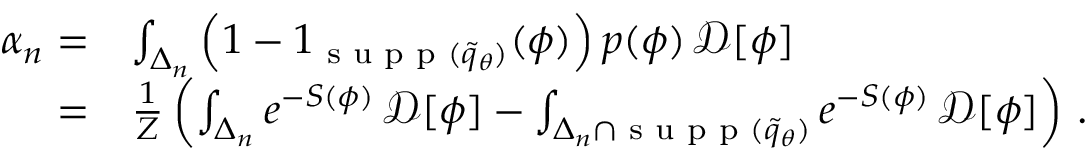
\begin{array} { r l } { \alpha _ { n } = } & { \int _ { \Delta _ { n } } \left( 1 - 1 _ { { \textrm { s u p p } } ( \widetilde { q } _ { \theta } ) } ( \phi ) \right) p ( \phi ) \, \mathcal { D } [ \phi ] } \\ { = } & { \frac { 1 } { Z } \left( \int _ { \Delta _ { n } } e ^ { - S ( \phi ) } \, \mathcal { D } [ \phi ] - \int _ { { \Delta _ { n } } \cap { { { \textrm { s u p p } } ( \widetilde { q } _ { \theta } ) } } } e ^ { - S ( \phi ) } \, \mathcal { D } [ \phi ] \right) \, . } \end{array}